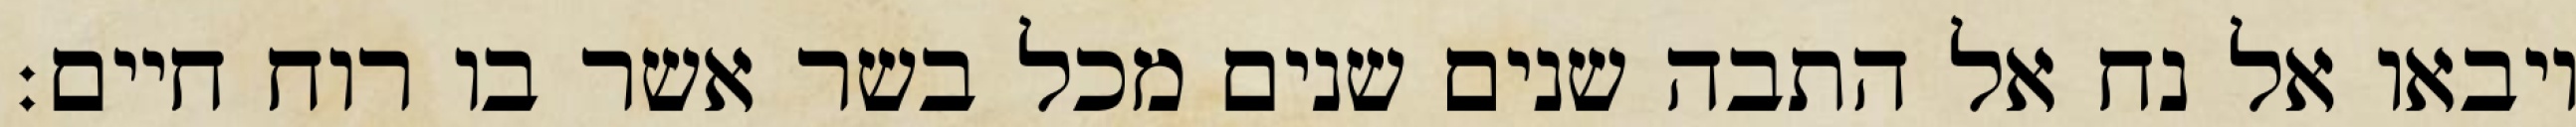
ויבאו אל נח אל התבה שנים שנים מכל בשר אשר בו רוח חיים׃